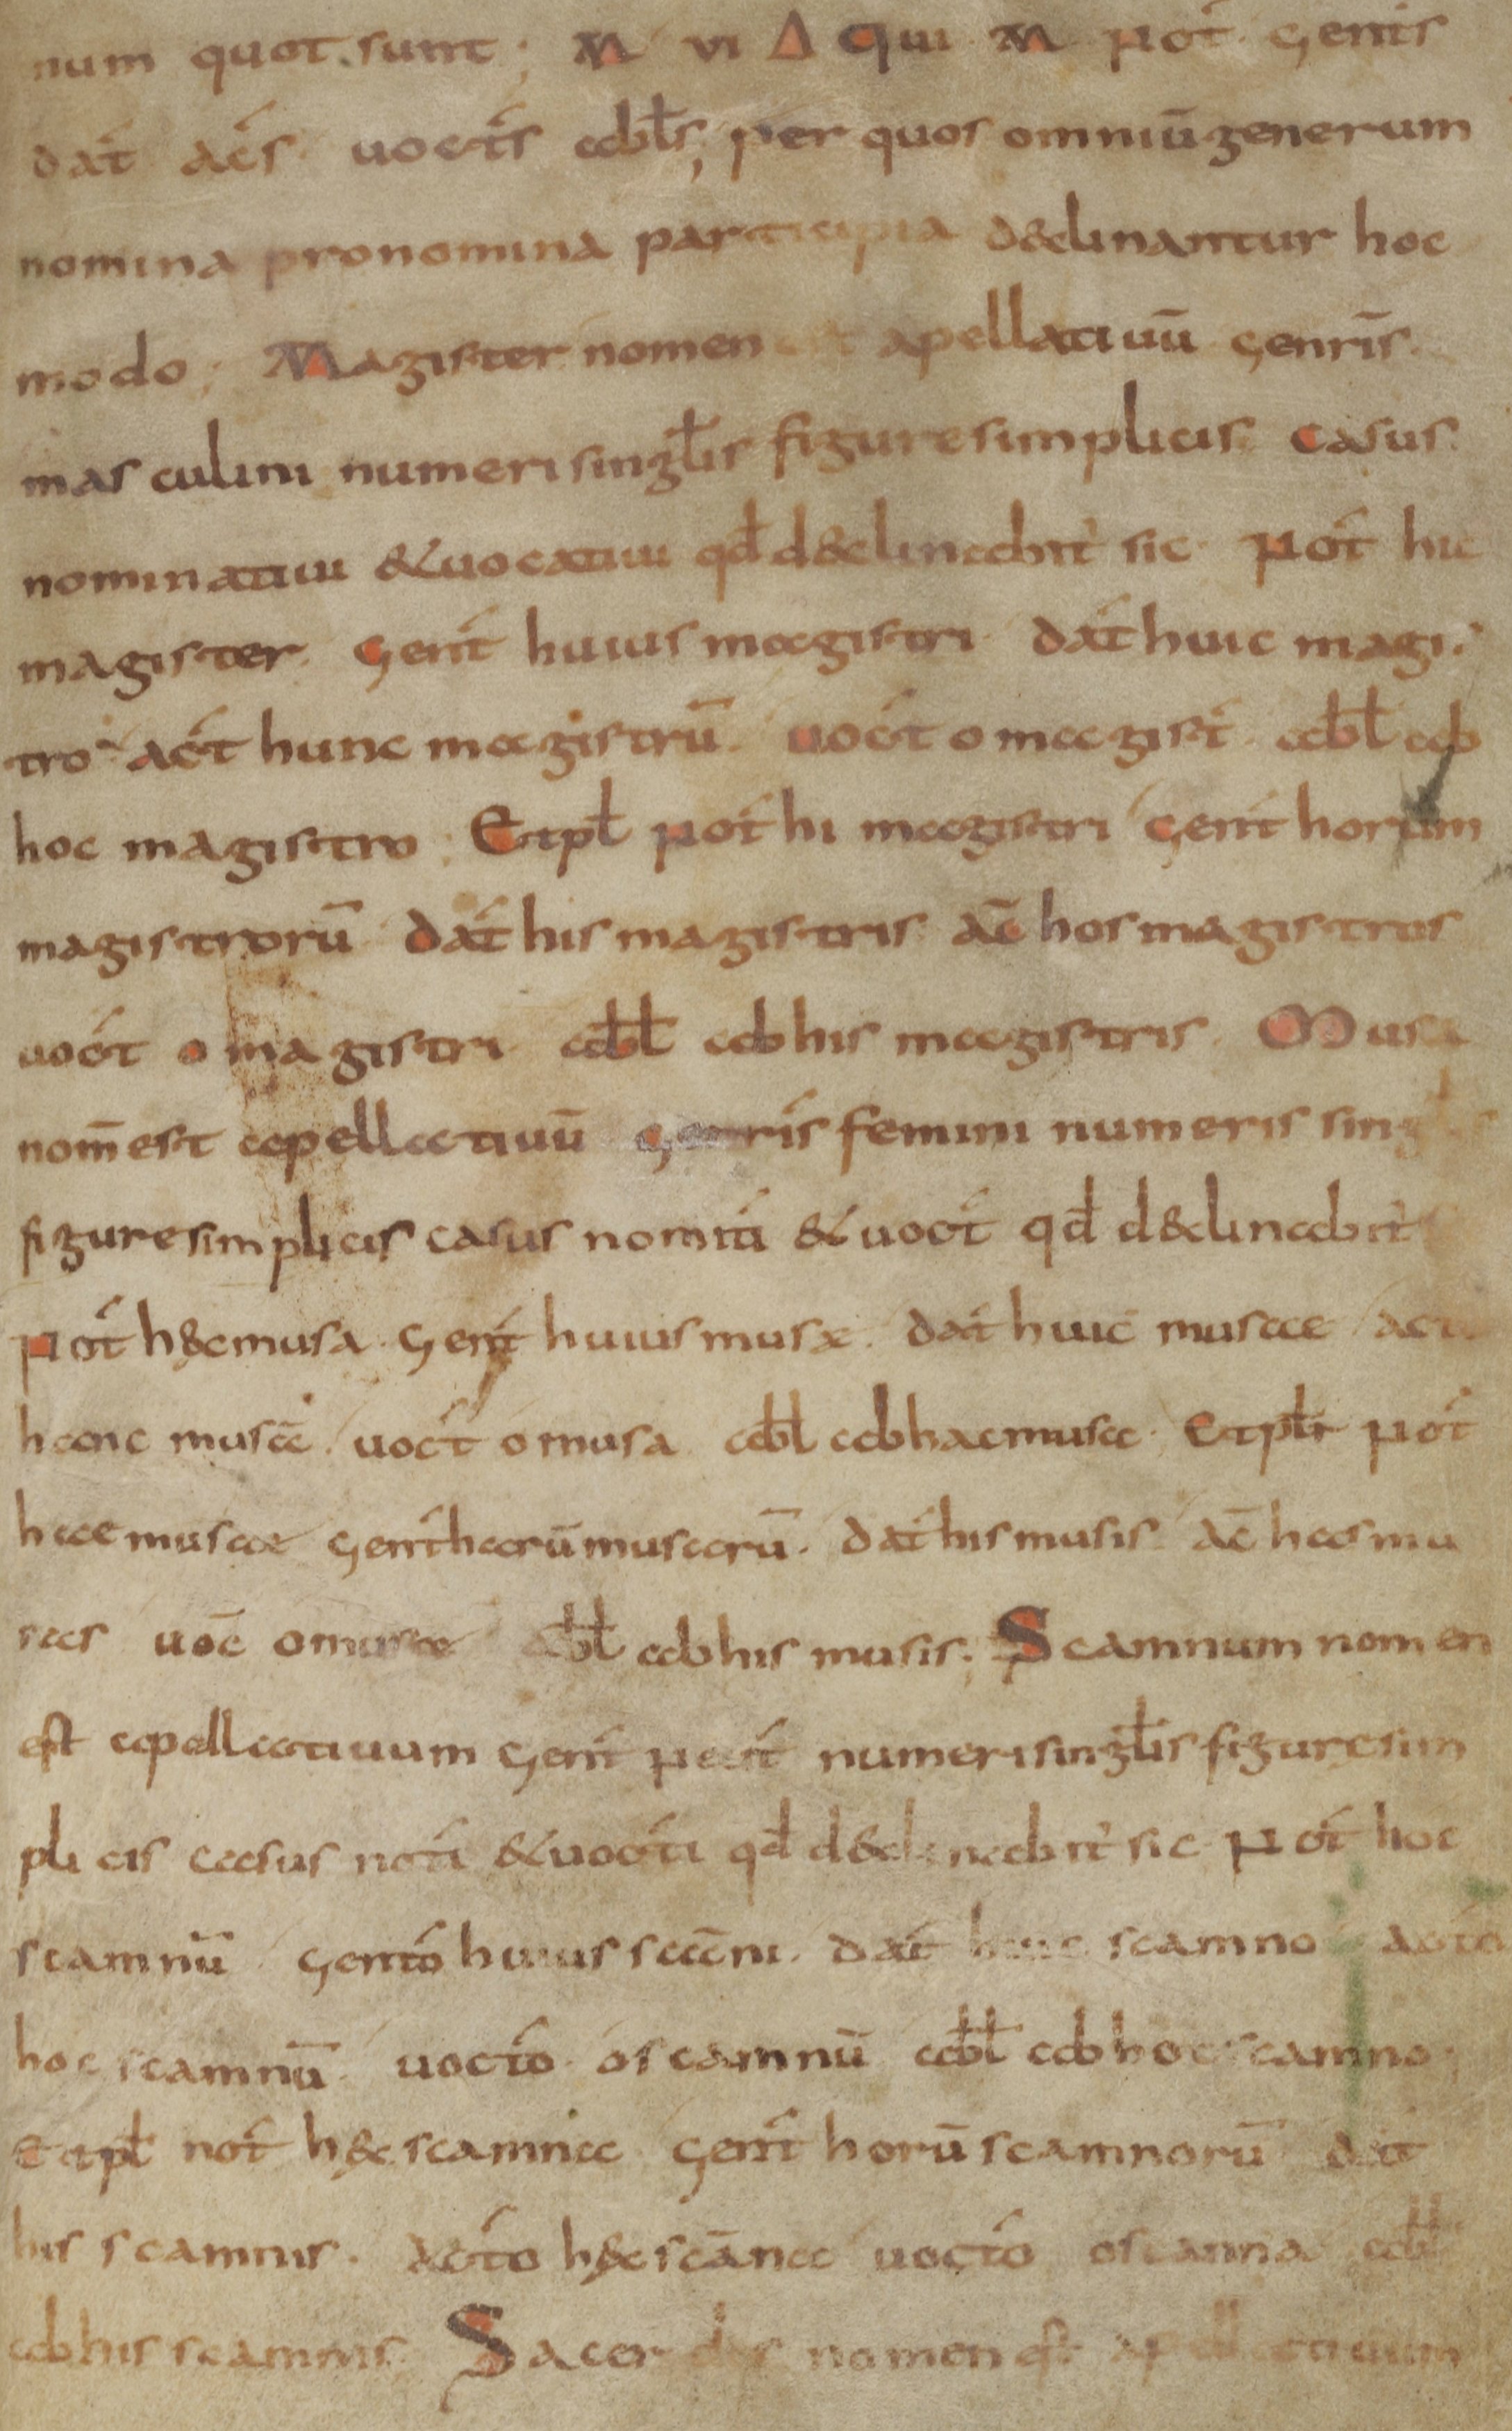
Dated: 800–899